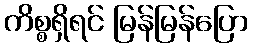
ကိစ္စရှိရင် မြန်မြန်ပြော